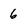
Character: 6